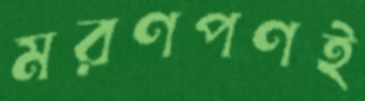
মরণপণই